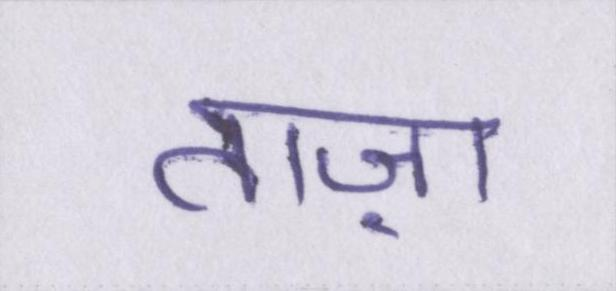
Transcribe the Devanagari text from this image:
ताज़ा